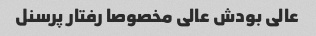
عالی بودش عالی مخصوصا رفتار پرسنل